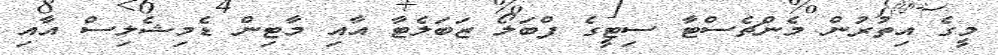
މީގެ އިތުރުން މެންޗެސްޓާ ސިޓީގެ ފްބަލޯ ޒަބަލެޓާ އާއި މާޓިން ޑެމިޝެލިސް އާއި